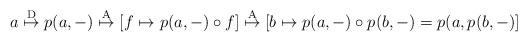
LaTeX: \begin{align*} a \stackrel{\mathrm{D}}{\mapsto} p(a, -) \stackrel{\mathrm{A}}{\mapsto} [f \mapsto p(a, -) \circ f] \stackrel{\mathrm{A}}{\mapsto} [b \mapsto p(a, -) \circ p(b, -) = p(a, p(b, -)] \end{align*}